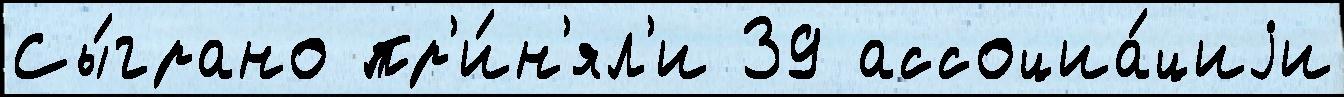
Сы́грано пр'и́н'ял'и 39 ассоциа́циjи